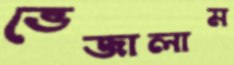
ভেজালাম